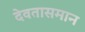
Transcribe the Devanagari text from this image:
देवतासमान